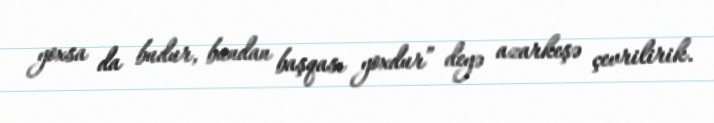
yoxsa da budur, bundan başqası yoxdur” deyə azarkeşə çevrilirik.